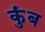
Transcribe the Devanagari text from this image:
कुंब